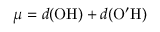
\mu = d ( \mathrm { O H } ) + d ( \mathrm { O ^ { \prime } H } )